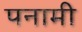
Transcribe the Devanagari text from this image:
पनामी